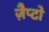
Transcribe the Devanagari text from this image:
ज़ैप्टो